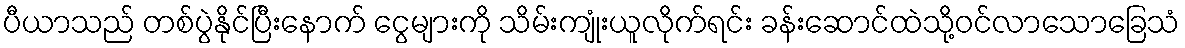
ပီယာသည် တစ်ပွဲနိုင်ပြီးနောက် ငွေများကို သိမ်းကျုံးယူလိုက်ရင်း ခန်းဆောင်ထဲသို့ဝင်လာသောခြေသံ